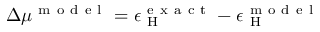
\Delta \mu ^ { \mathrm { ~ m ~ o ~ d ~ e ~ l ~ } } = \epsilon _ { \mathrm { ~ H ~ } } ^ { \mathrm { ~ e ~ x ~ a ~ c ~ t ~ } } - \epsilon _ { \mathrm { ~ H ~ } } ^ { \mathrm { ~ m ~ o ~ d ~ e ~ l ~ } }